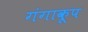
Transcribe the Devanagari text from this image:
गंगाकूप